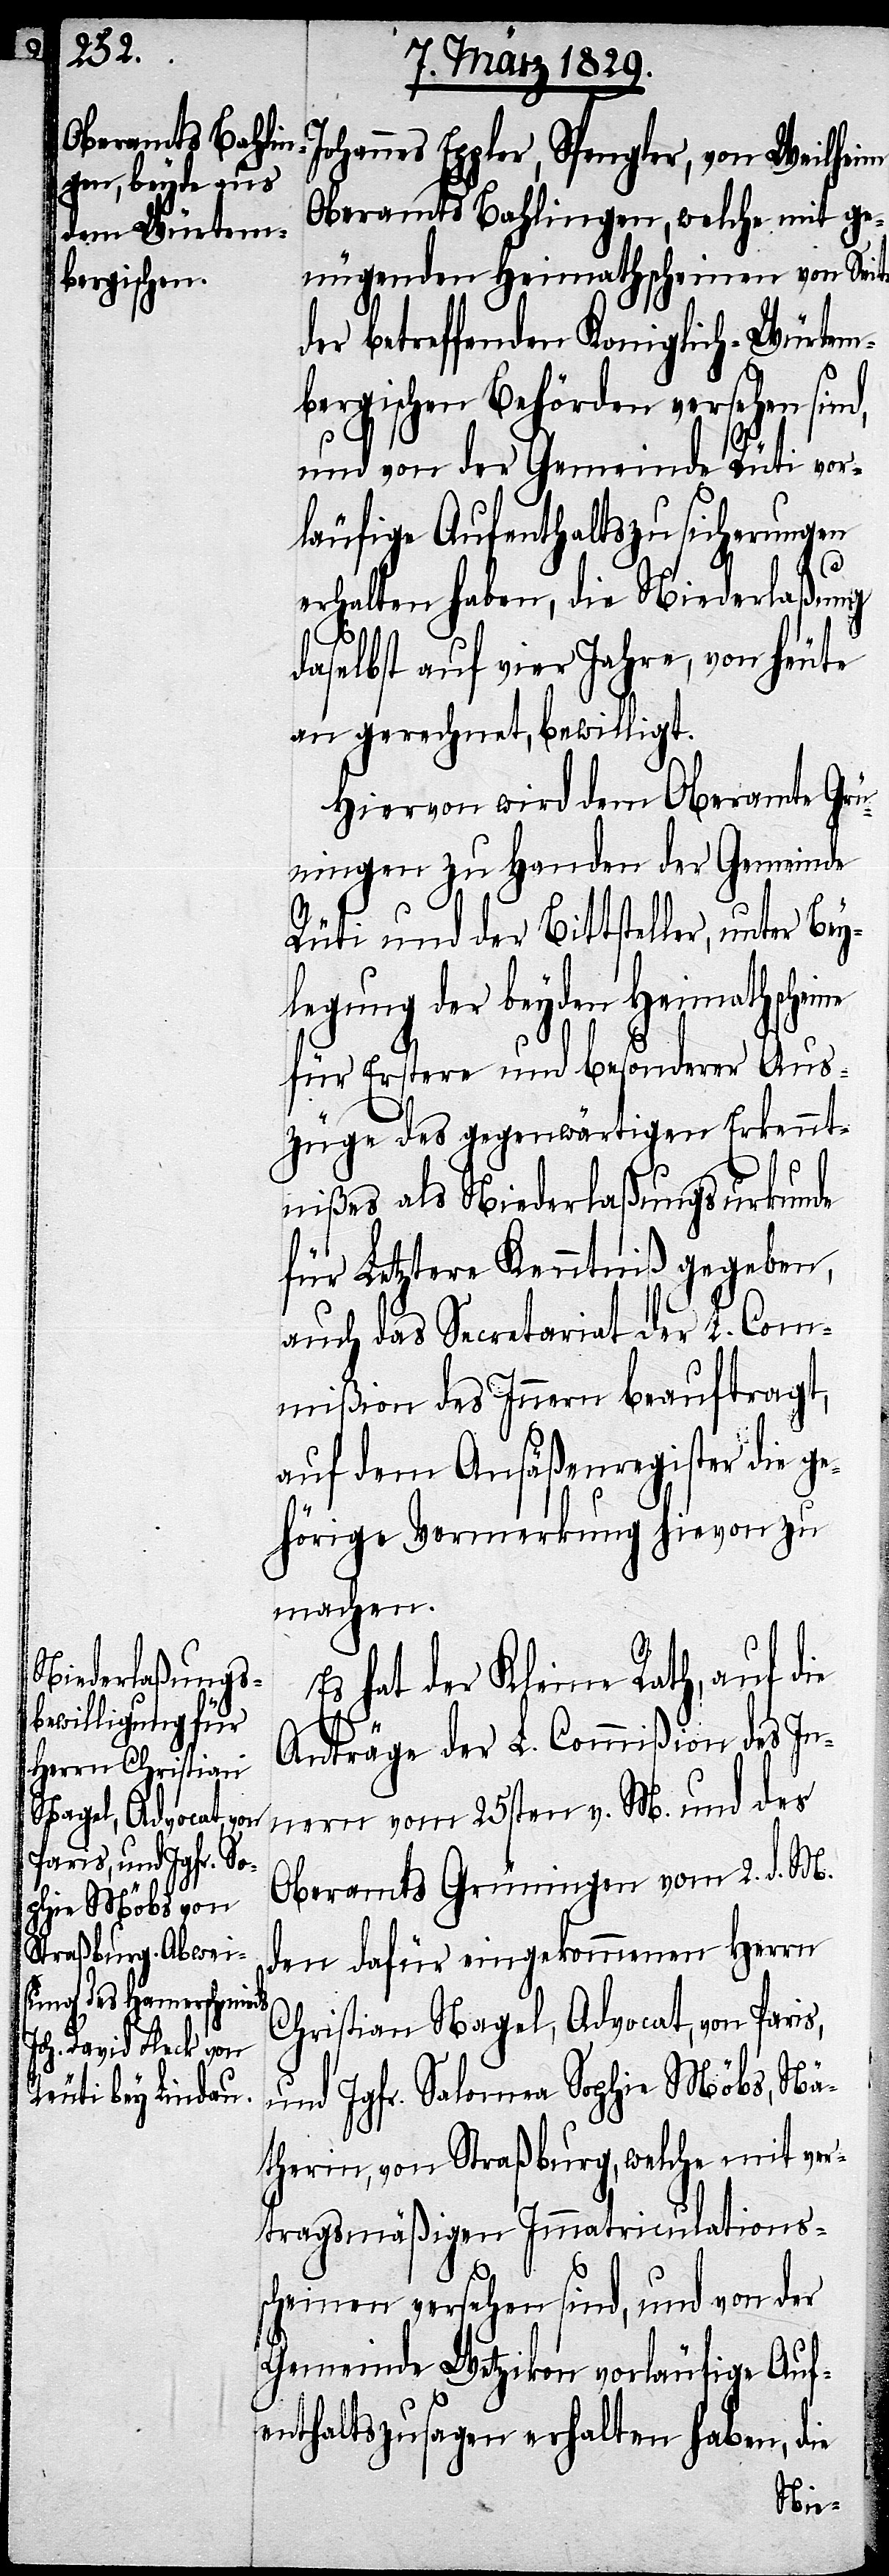
Johannes Eppler, Spengler, von Weilheim,
Oberamts Bahlingen, welche mit ge¬
nügenden Heimathscheinen von Seite
der betreffenden Koniglich-Würtem¬
bergischen Behörden versehen sind,
und von der Gemeinde Rüti vor¬
läufige Aufenthaltszusicherungen
erhalten haben, die Niederlaßung
daselbst auf vier Jahre, von heute
an gerechnet, bewilligt.
Hiervon wird dem Oberamte Grü¬
ningen zu Handen der Gemeinde
Rüti und der Bittsteller, unter Bey¬
legung der beyden Heimathscheine
für Erstere und besonderer Aus¬
züge des gegenwärtigen Erkennt¬
nißes als Niederlaßungsurkunde
für Letztere Kenntniß gegeben,
auch das Secretariat der L. Com¬
mißion des Innern beauftragt,
auf dem Ansäßenregister die ge¬
hörige Vermerkung hievon zu
machen.
Es hat der Kleine Rath, auf die
Anträge der L. Commißion des In¬
nern vom 25sten v. M. und des
Oberamts Grüningen vom 2. d. M.
den dafür eingekommenen Herrn
Christian Nagel, Advocat, von Paris,
und Jgfr. Salomea Sophie Möbs, Nä¬
therin, von Straßburg, welche mit ver¬
tragsmäßigen Immatriculations¬
scheinen versehen sind, und von der
Gemeinde Wetzikon vorläufige Auf¬
enthaltszusagen erhalten haben, die